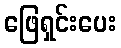
ဖြေရှင်းပေး